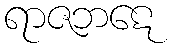
ရာဇဘဋေ